Indian journal of veterinary science and animal husbandry - Volume 6,
Year: 1936
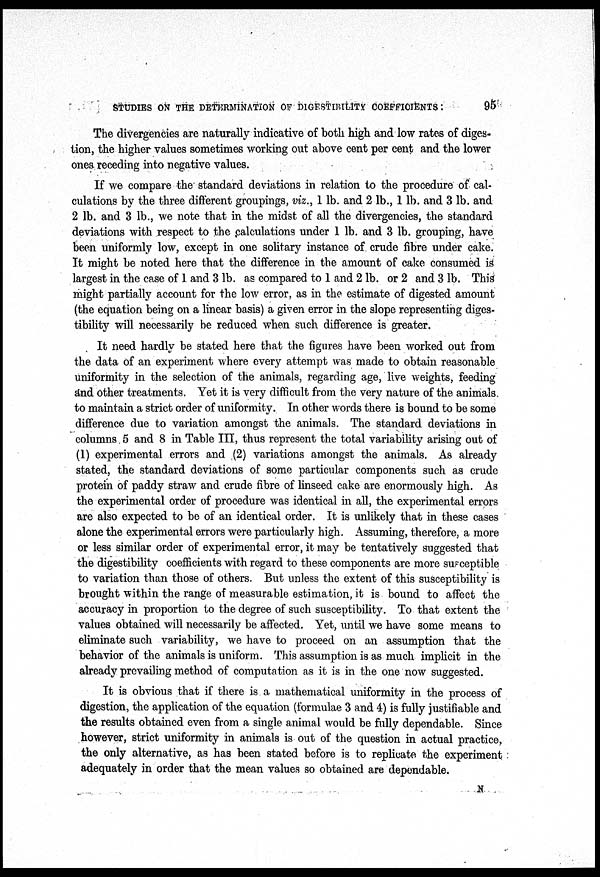
STUDIES ON THE DETERMINATION OF
DIGESTIBILITY
COEFFICIENTS:
95
The divergencies are naturally indicative of both high and low rates of diges-
tion, the higher values sometimes working out above cent per cent and the lower
ones receding into negative values.
If we compare the standard deviations in relation to the procedure of cal-
culations by the three different groupings, viz., 1 lb. and 2 lb., 1 lb. and 3 lb. and
2 lb. and 3 lb., we note that in the midst of all the divergencies, the standard
deviations with respect to the calculations under 1 lb. and 3 lb. grouping, have
been uniformly low, except in one solitary instance of crude fibre under cake.
It might be noted here that the difference in the amount of cake consumed is
largest in the case of 1 and 3 lb. as compared to 1 and 2 lb. or 2 and 3 lb. This
might partially account for the low error, as in the estimate of digested amount
(the equation being on a linear basis) a given error in the slope representing diges-
tibility will necessarily be reduced when such difference is greater.
It need hardly be stated here that the figures have been worked out from
the data of an experiment where every attempt was made to obtain reasonable
uniformity in the selection of the animals, regarding age, live weights, feeding
and other treatments. Yet it is very difficult from the very nature of the animals
to maintain a strict order of uniformity. In other words there is bound to be some
difference due to variation amongst the animals. The standard deviations in
columns 5 and 8 in Table III, thus represent the total variability arising out of
(1) experimental errors and (2) variations amongst the animals. As already
stated, the standard deviations of some particular components such as crude
protein of paddy straw and crude fibre of linseed cake are enormously high. As
the experimental order of procedure was identical in all, the experimental errors
are also expected to be of an identical order. It is unlikely that in these cases
alone the experimental errors were particularly high. Assuming, therefore, a more
or less similar order of experimental error, it may be tentatively suggested that
the digestibility coefficients with regard to these components are more susceptible
to variation than those of others. But unless the extent of this susceptibility is
brought within the range of measurable estimation, it is bound to affect the
accuracy in proportion to the degree of such susceptibility. To that extent the
values obtained will necessarily be affected. Yet, until we have some means to
eliminate such variability, we have to proceed on an assumption that the
behavior of the animals is uniform. This assumption is as much implicit in the
already prevailing method of computation as it is in the one now suggested.
It is obvious that if there is a mathematical uniformity in the process of
digestion, the application of the equation (formulae 3 and 4) is fully justifiable and
the results obtained even from a single animal would be fully dependable. Since
however, strict uniformity in animals is out of the question in actual practice,
the only alternative, as has been stated before is to replicate the experiment
adequately in order that the mean values so obtained are dependable.
N